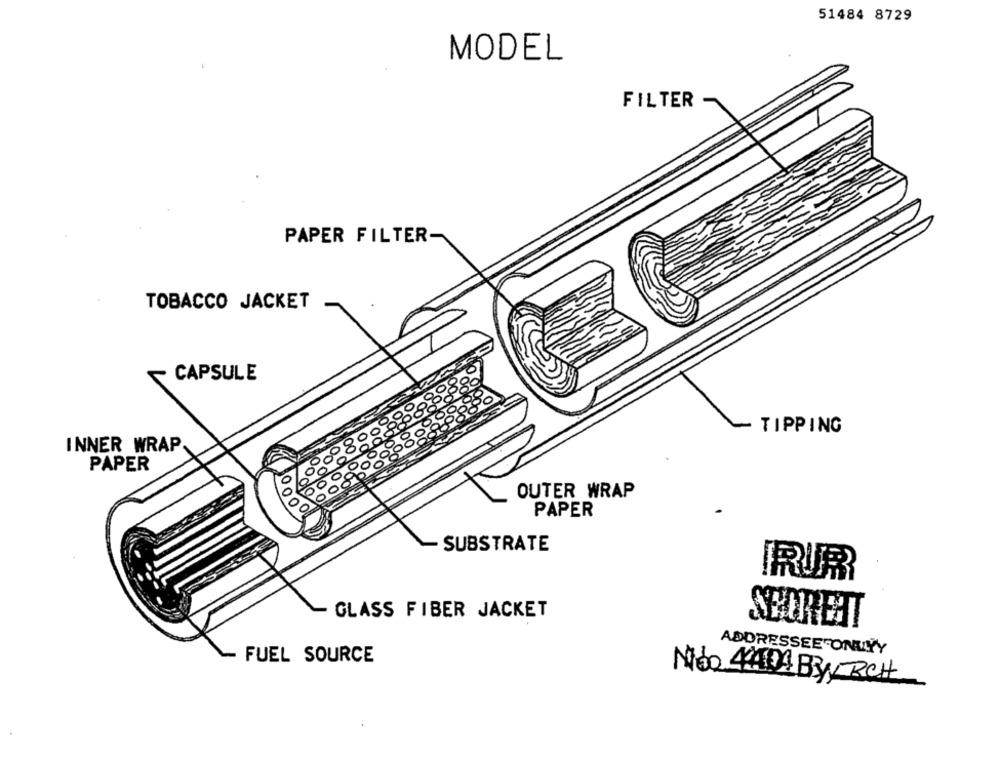
51484 8729
MODEL
FILTER
PAPER FILTER-
TOBACCO JACKET
CAPSULE
TIPPING
INNER WRAP
PAPER
OUTER WRAP
000
PAPER
SUBSTRATE
RUR
GLASS FIBER JACKET
SEDREHT
ADDRESSEE ONLYY
FUEL SOURCE
Não 4401 By RCH